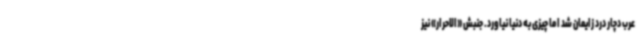
عرب دچار درد زایمان شد اما چیزی به دنیا نیاورد. جنبش «الاحرار» نیز